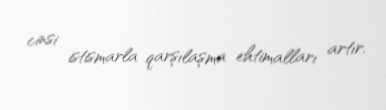
cinsi istismarla qarşılaşma ehtimalları artır.